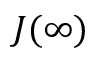
J ( \infty )